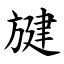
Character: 旔